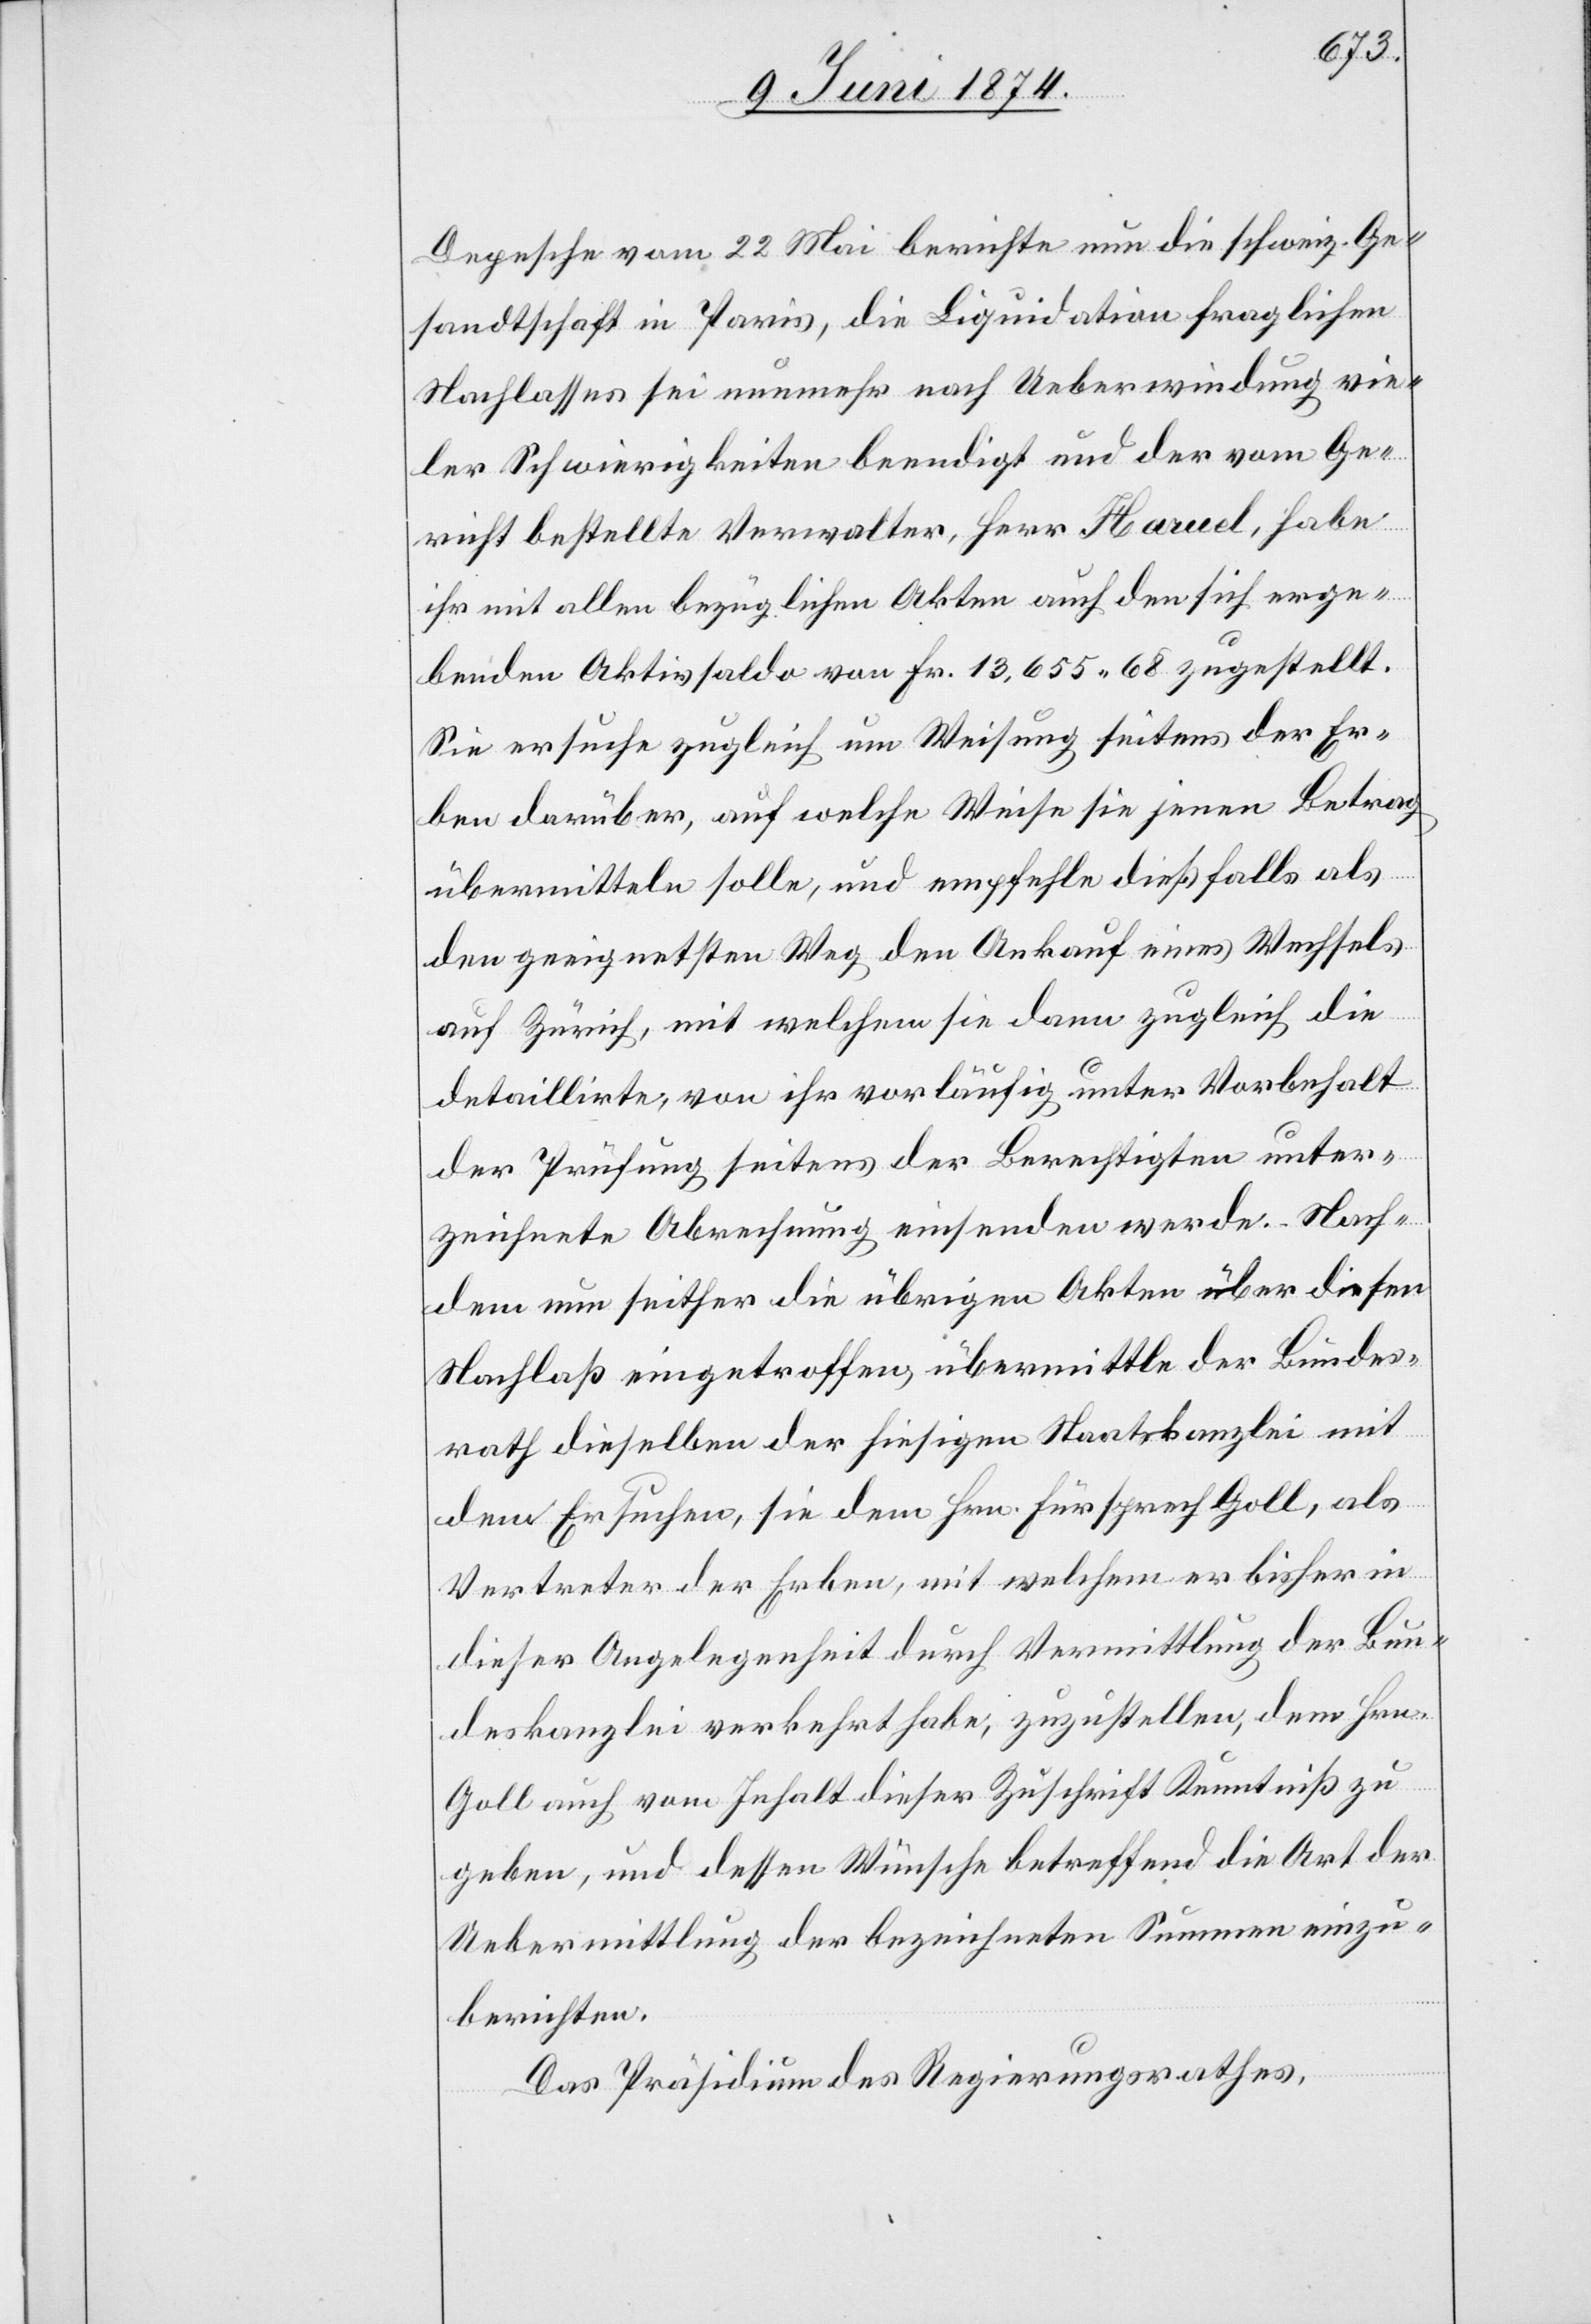
Depesche vom 22. Mai berichte nun die schweiz. Ge¬
sandtschaft in Paris, die Liquidation fraglichen
Nachlasses sei nunmehr nach Ueberwindung vie¬
ler Schwierigkeiten beendigt und der vom Ge¬
richt bestellte Verwalter, Herr Haruel, habe
ihr mit allen bezüglichen Akten auch den sich erge¬
benden Aktivsaldo von Fr. 13,655.68 zugestellt.
Sie ersuche zugleich um Weisung seitens der Er¬
ben darüber, auf welche Weise sie jenen Betrag
übermitteln solle, und empfehle dießfalls als
den geeignetsten Weg den Ankauf eines Wechsels
auf Zürich, mit welchem sie dann zugleich die
detaillirte, von ihr vorläufig unter Vorbehalt
der Prüfung seitens der Berechtigten unter¬
zeichnete Abrechnung einsenden werde. Nach¬
dem nun seither die übrigen Akten über diesen
Nachlaß eingetroffen, übermittle der Bundes¬
rath dieselben der hiesigen Staatskanzlei mit
dem Ersuchen, sie dem Hrn. Fürsprech Goll, als
Vertreter der Erben, mit welchem er bisher in
dieser Angelegenheit durch Vermittlung der Bun¬
deskanzlei verkehrt habe, zuzustellen, dem Hrn.
Goll auch vom Inhalt dieser Zuschrift Kenntniß zu
geben, und dessen Wunsche betreffend die Art der
Uebermittlung der bezeichneten Summen einzu¬
berichten.
Das Präsidium des Regierungsrathes,